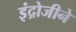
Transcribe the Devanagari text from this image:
इंद्रोजीने